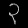
Digit: ၃